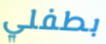
بطفلي